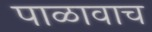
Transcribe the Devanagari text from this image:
पाळावाच